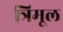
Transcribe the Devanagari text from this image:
त्रिमूल